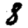
Digit: 8